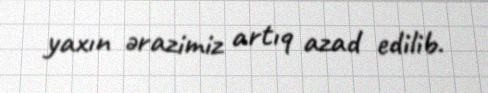
yaxın ərazimiz artıq azad edilib.